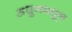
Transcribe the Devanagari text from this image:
अधुनमधून